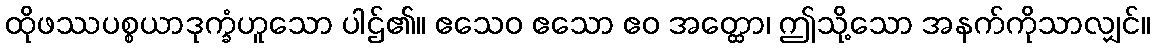
ထိုဖဿပစ္စယာဒုက္ခံဟူသော ပါဌ်၏။ ဧသေဝ ဧသော ဧဝ အတ္ထော၊ ဤသို့သော အနက်ကိုသာလျှင်။